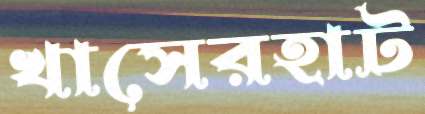
খাসেরহাট